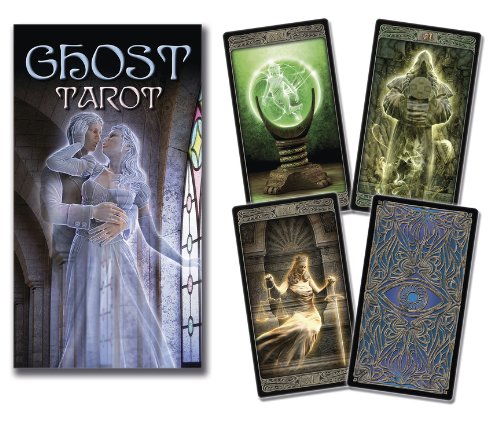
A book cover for The Ghost Tarot; Davide Corsi; Religion & Spirituality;